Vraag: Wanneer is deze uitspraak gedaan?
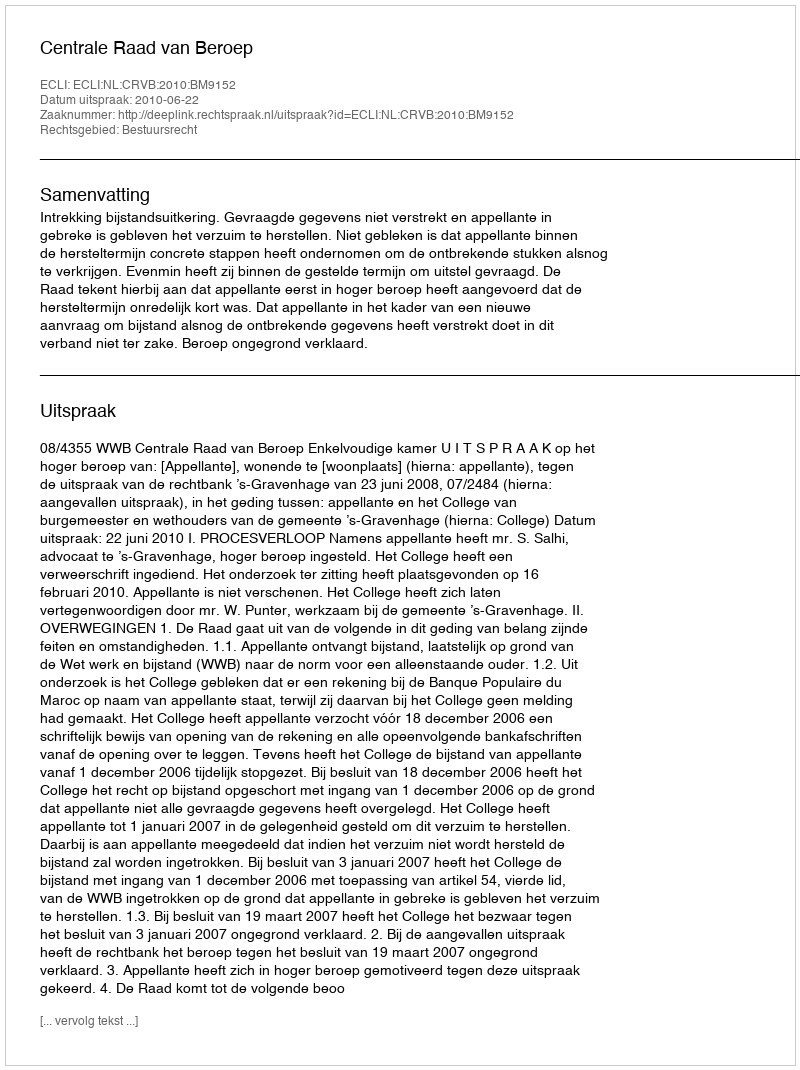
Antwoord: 2010-06-22